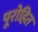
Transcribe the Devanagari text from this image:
पूरोहित